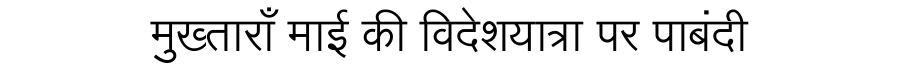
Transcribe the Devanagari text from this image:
मुख्ताराँ माई की विदेशयात्रा पर पाबंदी